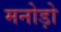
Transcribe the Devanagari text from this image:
मनोड़ो